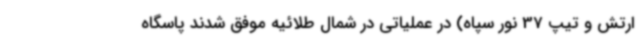
ارتش و تیپ 37 نور سپاه) در عملیاتی در شمال طلائیه موفق شدند پاسگاه